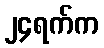
၂၄ရက်က